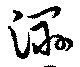
濕